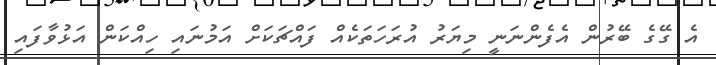
އެ ގޭގެ ބޭރުން އެފެންނަނީ މިޔަރު އުރަހަތަކެއް ފައްޗަކަށް އަމުނައި ހިއްކަން އަޅުވާފައި